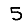
Digit: 5